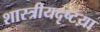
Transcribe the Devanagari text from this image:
शास्त्रीयदृष्टय़ा